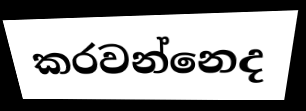
කරවන්නෙද